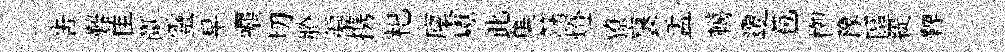
告難隹斷靈早嘱切賸徧携𣏌廩巘此集筋燈獠裹盂轕遷苞栁豫區緹鞞